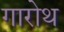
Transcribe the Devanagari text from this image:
गारोथ